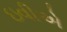
ઇવીએ